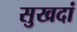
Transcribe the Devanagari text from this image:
सुखदां